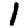
Digit: 1